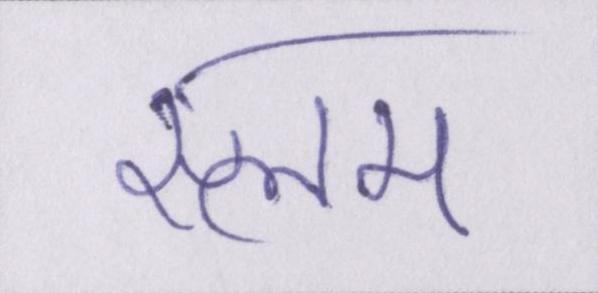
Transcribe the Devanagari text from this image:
स्लम